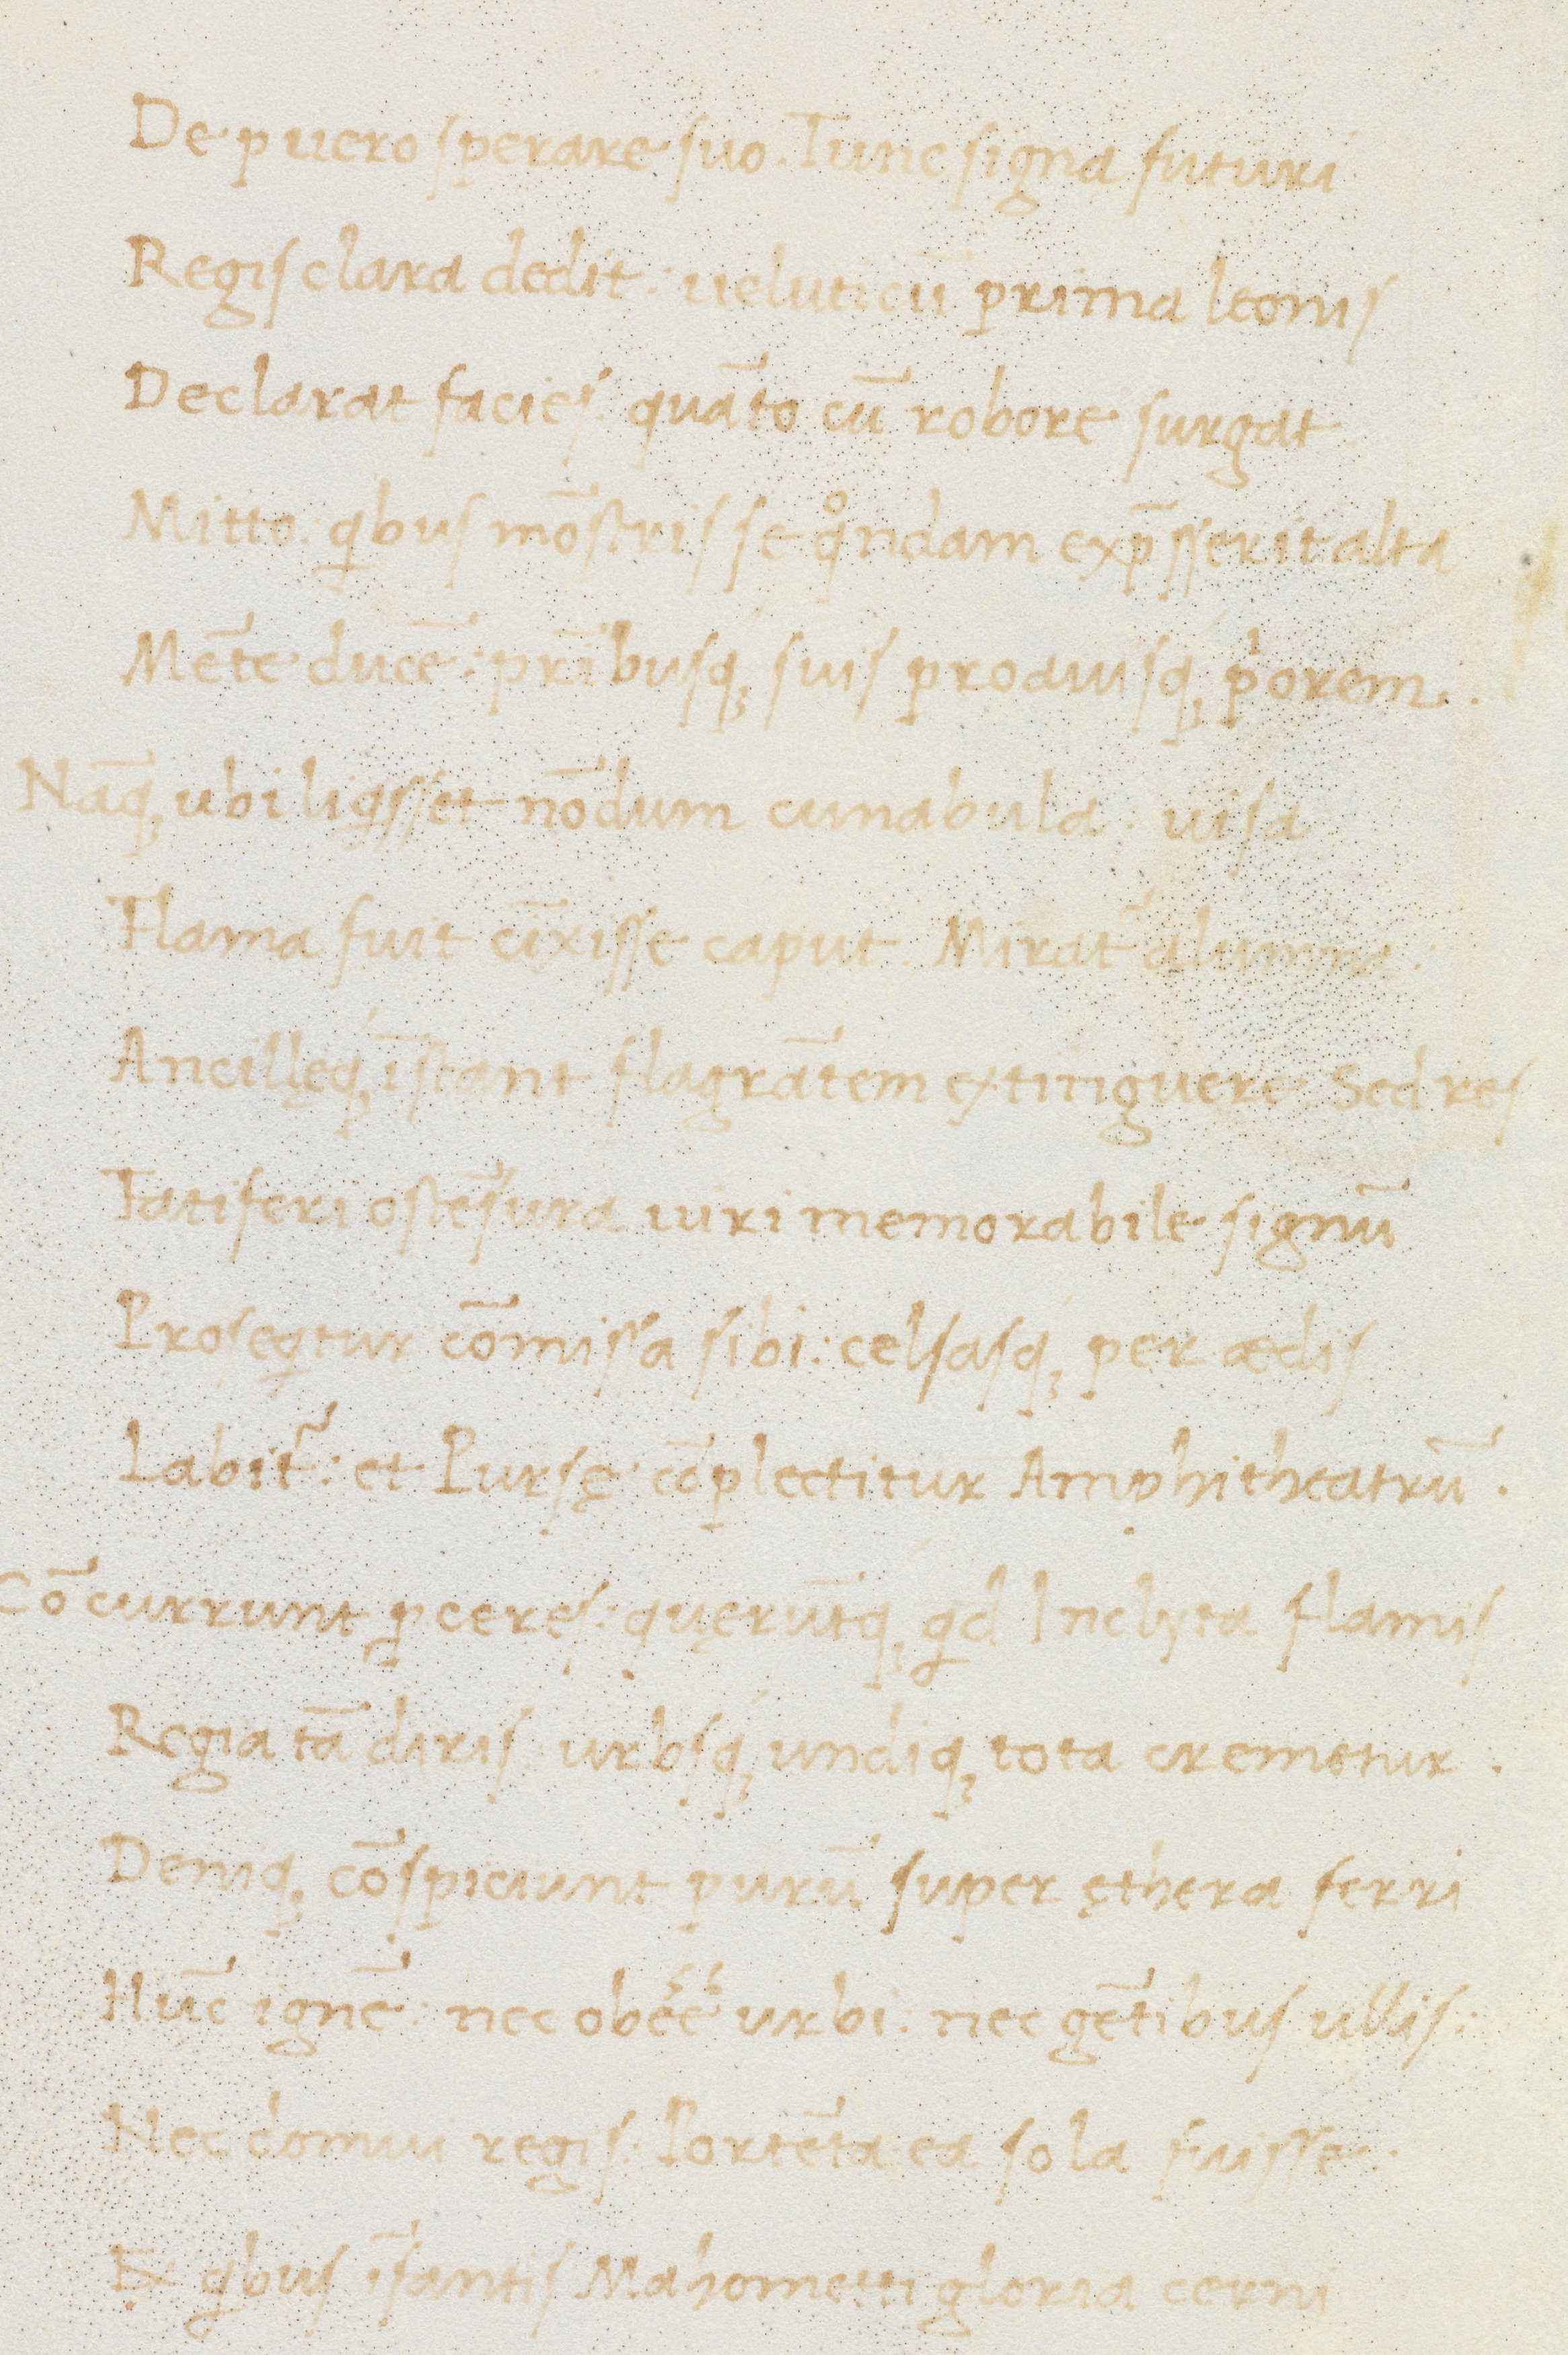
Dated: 1470–1499